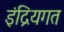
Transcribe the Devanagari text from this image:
इंद्रियगत